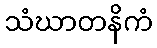
သံဃာတနိကံ